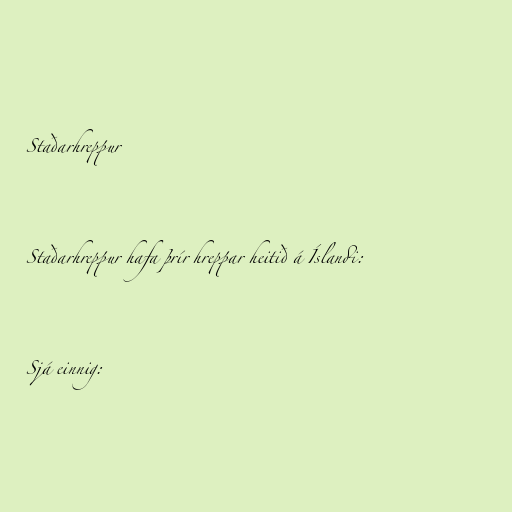
Staðarhreppur

Staðarhreppur hafa þrír hreppar heitið á Íslandi:

Sjá einnig: